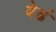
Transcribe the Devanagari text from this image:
बेढं